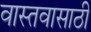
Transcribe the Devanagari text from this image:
वास्तवासाठी